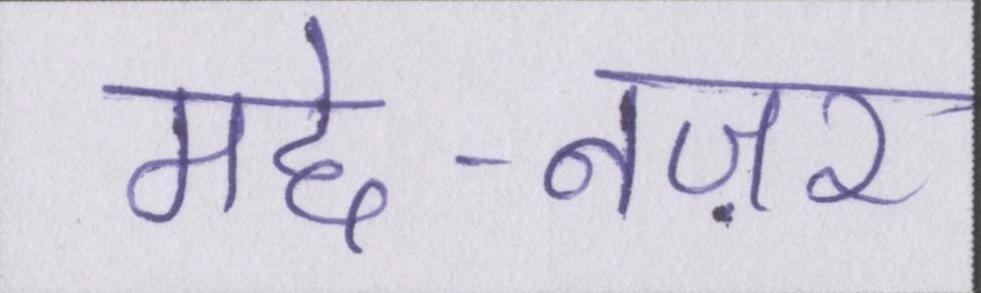
मद्दे-नज़र